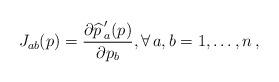
LaTeX: \begin{align*} J_{ab}(p)=\frac{\partial {\widehat p\,}_a'(p)}{\partial p_b},\forall\,a,b=1,\ldots,n\,,\end{align*}